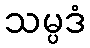
သမ္ပဒံ